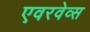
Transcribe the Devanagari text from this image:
एवरवेव्स